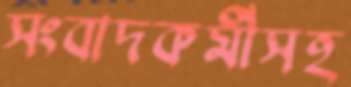
সংবাদকর্মীসহ